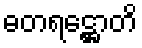
ဓတရဋ္ဌောတိ